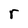
Character: r